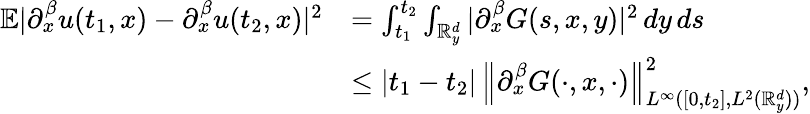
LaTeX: \begin{array}{rl}{\mathbb{E}|{\partial}_{x}^{\beta}u(t_{1},x)-{\partial}_{x}^{\beta}u(t_{2},x)|^{2}}&{=\int_{t_{1}}^{t_{2}}\int_{\mathbb R_{y}^{d}}|{\partial}_{x}^{\beta}G(s,x,y)|^{2}\, dy\, ds}\\ &{\leq|t_{1}-t_{2}|\, \left\lVert{\partial}_{x}^{\beta}G(\cdot,x,\cdot)\right\rVert_{L^{\infty}([0,t_{2}],L^{2}(\mathbb R_{y}^{d}))}^{2},}\end{array}